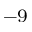
^ { - 9 }